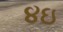
૪ઇ